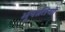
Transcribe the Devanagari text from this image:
भूपातियों